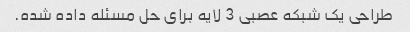
طراحی یک شبکه عصبی 3 لایه برای حل مسئله داده شده.